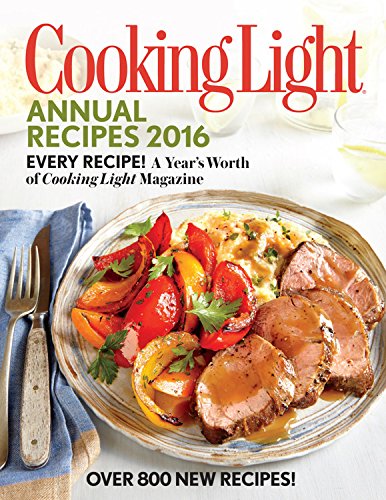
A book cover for Cooking Light Annual Recipes 2016: Every Recipe! A Year's Worth of Cooking Light Magazine; The Editors of Cooking Light Magazine; Cookbooks, Food & Wine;